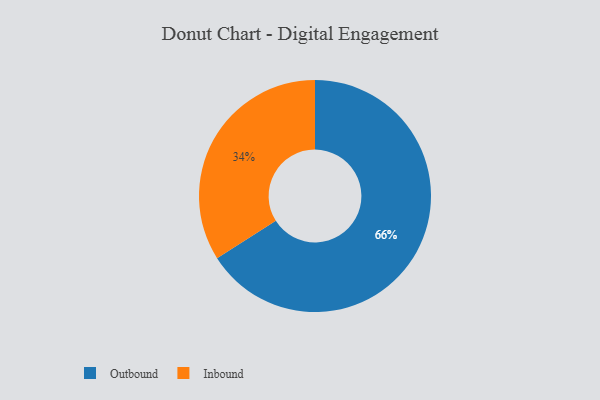
{"axis": {"x": "Category", "y": "Percentage"}, "legend": ["Inbound", "Outbound"], "data": [{"x": "Inbound", "y": 34, "type": "Inbound"}, {"x": "Outbound", "y": 66, "type": "Outbound"}]}